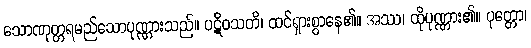
သောဏုတ္တရမည်သောပုဏ္ဏားသည်။ ပဋိဝသတိ၊ ထင်ရှားစွာနေ၏။ အဿ၊ ထိုပုဏ္ဏား၏။ ပုတ္တော၊